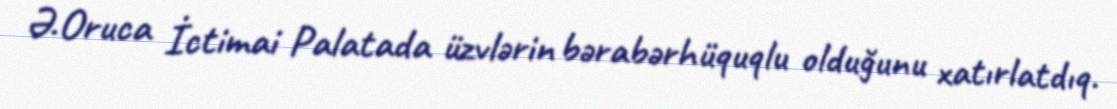
Ə.Oruca İctimai Palatada üzvlərin bərabərhüquqlu olduğunu xatırlatdıq.